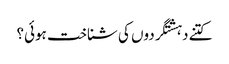
کتنے دہشتگردوں کی شناخت ہوئی؟